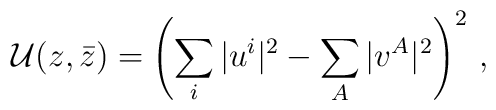
{\cal U}(z,\bar z)=\left(\sum_i\vert u^i\vert^2-\sum_A\vert v^A\vert^2\right)^2\,,